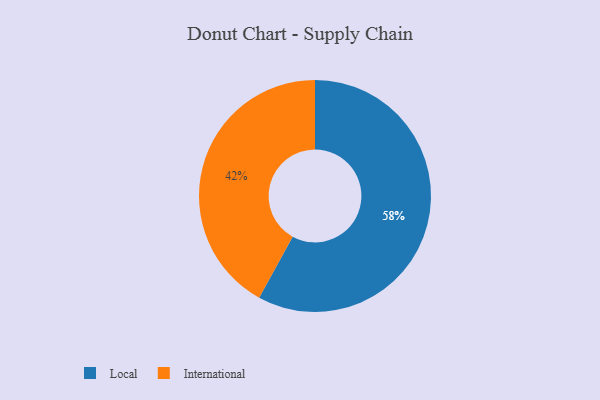
{"axis": {"x": "Category", "y": "Percentage"}, "legend": ["International", "Local"], "data": [{"x": "International", "y": 42, "type": "International"}, {"x": "Local", "y": 58, "type": "Local"}]}